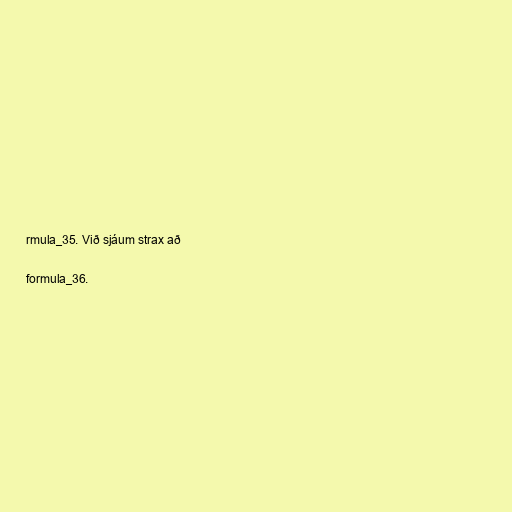
rmula_35. Við sjáum strax að

formula_36.